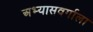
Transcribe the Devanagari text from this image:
अभ्यासवर्गाला